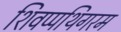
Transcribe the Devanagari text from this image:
शिवप्पथिगरम